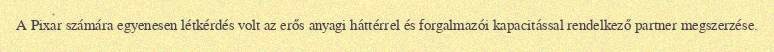
A Pixar számára egyenesen létkérdés volt az erős anyagi háttérrel és forgalmazói kapacitással rendelkező partner megszerzése.